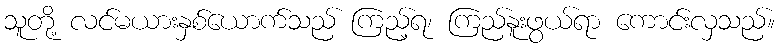
သူတို့ လင်မယားနှစ်ယောက်သည် ကြည့်ရ၊ ကြည်နူးဖွယ်ရာ ကောင်းလှသည်။